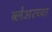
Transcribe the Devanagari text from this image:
ब्लेअरच्या